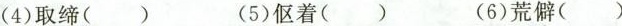
(4)取缔( ) (5)伛着( ) (6)荒僻( )